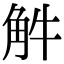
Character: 𧣈